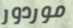
موردور